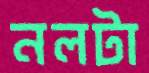
নলটা